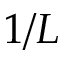
1 / L